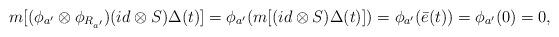
LaTeX: \begin{align*}m[(\phi_{a^\prime}\otimes\phi_{R_{a^\prime}})(id\otimes S)\Delta(t)]=\phi_{a^\prime}(m[(id\otimes S)\Delta(t)])=\phi_{a^\prime}(\bar{e}(t))=\phi_{a^\prime}(0)=0,\end{align*}